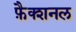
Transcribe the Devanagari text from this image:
फ़ैक्शनल